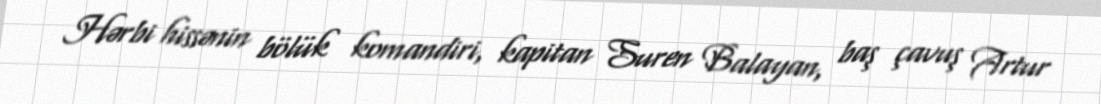
Hərbi hissənin bölük komandiri, kapitan Suren Balayan, baş çavuş Artur